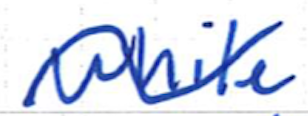
Text: while
Cross-out: mix
Writing tool: ballpoint